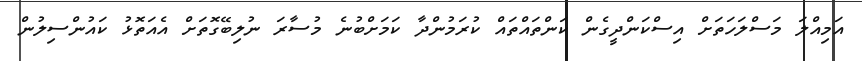
އަމިއްލަ މަސްލަހަތަށް އިސްކަންދީގެން ކަންތައްތައް ކުރަމުންދާ ކަމަށްބުނެ މުސާރަ ނުލިބޭގޮތަށް އެއަތޮޅު ކައުންސިލުން